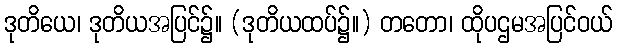
ဒုတိယေ၊ ဒုတိယအပြင်၌။ (ဒုတိယထပ်၌။) တတော၊ ထိုပဌမအပြင်ဝယ်